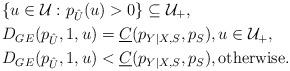
LaTeX: \begin{align*}&\{u\in\mathcal{U}:p_{\hat{U}}(u)>0\}\subseteq\mathcal{U}_+,\\&D_{GE}(p_{\hat{U}},1,u)=\underline{C}(p_{Y|X,S},p_S),u\in\mathcal{U}_+,\\&D_{GE}(p_{\hat{U}},1,u)<\underline{C}(p_{Y|X,S},p_S),\mbox{otherwise}.\end{align*}